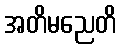
အတိမညေတိ